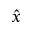
\hat { x }